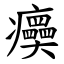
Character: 㿙